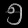
Digit: ၅